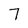
Character: 7